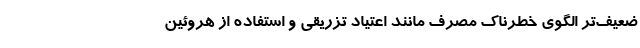
ضعیف‌تر الگوی خطرناک مصرف مانند اعتیاد تزریقی و استفاده از هروئین